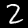
Digit: 2